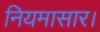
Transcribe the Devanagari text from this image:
नियमासार।